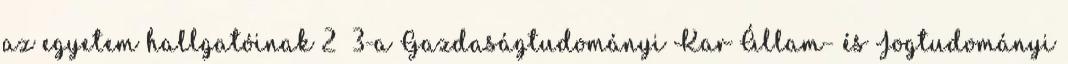
az egyetem hallgatóinak 2 3-a Gazdaságtudományi Kar Állam- és Jogtudományi